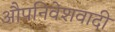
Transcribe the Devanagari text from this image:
औपनिवेशवादी